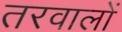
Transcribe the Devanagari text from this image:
तरवालों